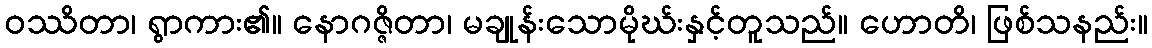
ဝဿိတာ၊ ရွာကား၏။ နောဂဇ္ဇိတာ၊ မချုန်းသောမိုဃ်းနှင့်တူသည်။ ဟောတိ၊ ဖြစ်သနည်း။